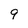
Character: 9